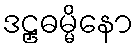
ဒဠှဓမ္မိနော